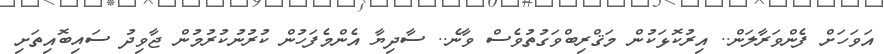
އަވަހަށް ފެންވަރާލަން.. އިރުކޮޅަކުން މަޤްރިބްވަގުތުވެސް ވާނެ.. ސާދިޔާ އެންމެފަހުން ކުރުނުކުރުމުން ޖާވިދު ސައިބޮއިތަށި